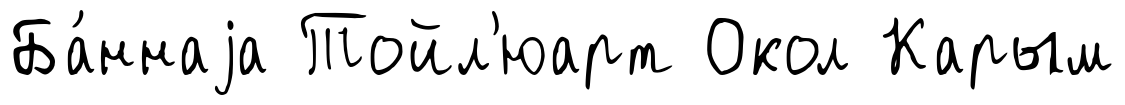
Ба́ннаjа Тойл'юарт Окол Карым